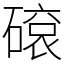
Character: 𥕦